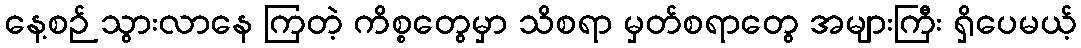
နေ့စဉ် သွားလာနေ ကြတဲ့ ကိစ္စတွေမှာ သိစရာ မှတ်စရာတွေ အများကြီး ရှိပေမယ့်